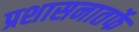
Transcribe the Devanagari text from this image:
प्रशासनातर्फे